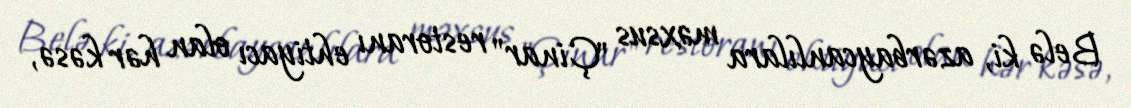
Belə ki, azərbaycanlılara məxsus "Çinar" restoranı ehtiyacı olan hər kəsə,